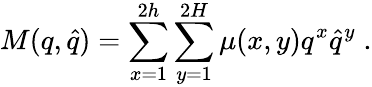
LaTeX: M(q,\hat{q})=\sum_{x=1}^{2h}\sum_{y=1}^{2H}\mu(x,y)q^{x}\hat{q}^{y}\; .